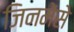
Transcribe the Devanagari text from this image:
जिनमेंसे